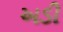
અડી